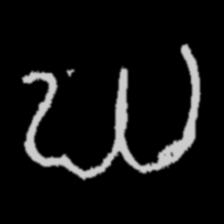
Pyu character \u2014 Myanmar letter: ဃ (romanized: gha)